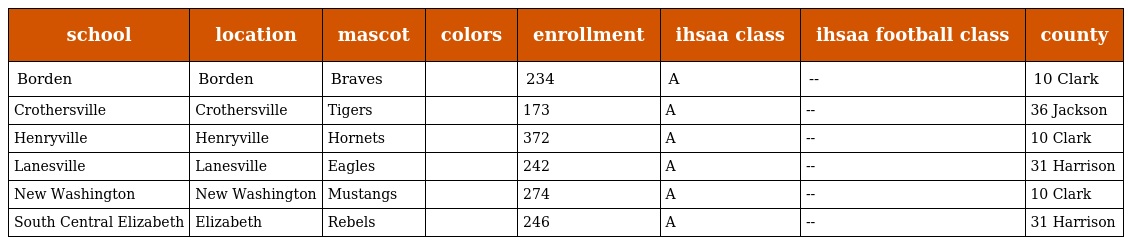
| school | location | mascot | colors | enrollment | ihsaa class | ihsaa football class | county |
 | --- | --- | --- | --- | --- | --- | --- | --- |
 | Borden | Borden | Braves |  | 234 | A | -- | 10 Clark |
 | Crothersville | Crothersville | Tigers |  | 173 | A | -- | 36 Jackson |
 | Henryville | Henryville | Hornets |  | 372 | A | -- | 10 Clark |
 | Lanesville | Lanesville | Eagles |  | 242 | A | -- | 31 Harrison |
 | New Washington | New Washington | Mustangs |  | 274 | A | -- | 10 Clark |
 | South Central Elizabeth | Elizabeth | Rebels |  | 246 | A | -- | 31 Harrison |